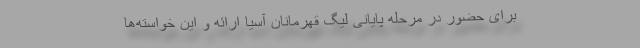
برای حضور در مرحله پایانی لیگ قهرمانان آسیا ارائه و این خواسته‌ها